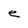
Character: e